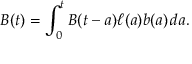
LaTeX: B ( t ) = \int _ { 0 } ^ { t } B ( t - a ) \ell ( a ) b ( a ) \, d a .